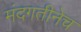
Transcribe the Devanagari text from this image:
मंदगतीनेच